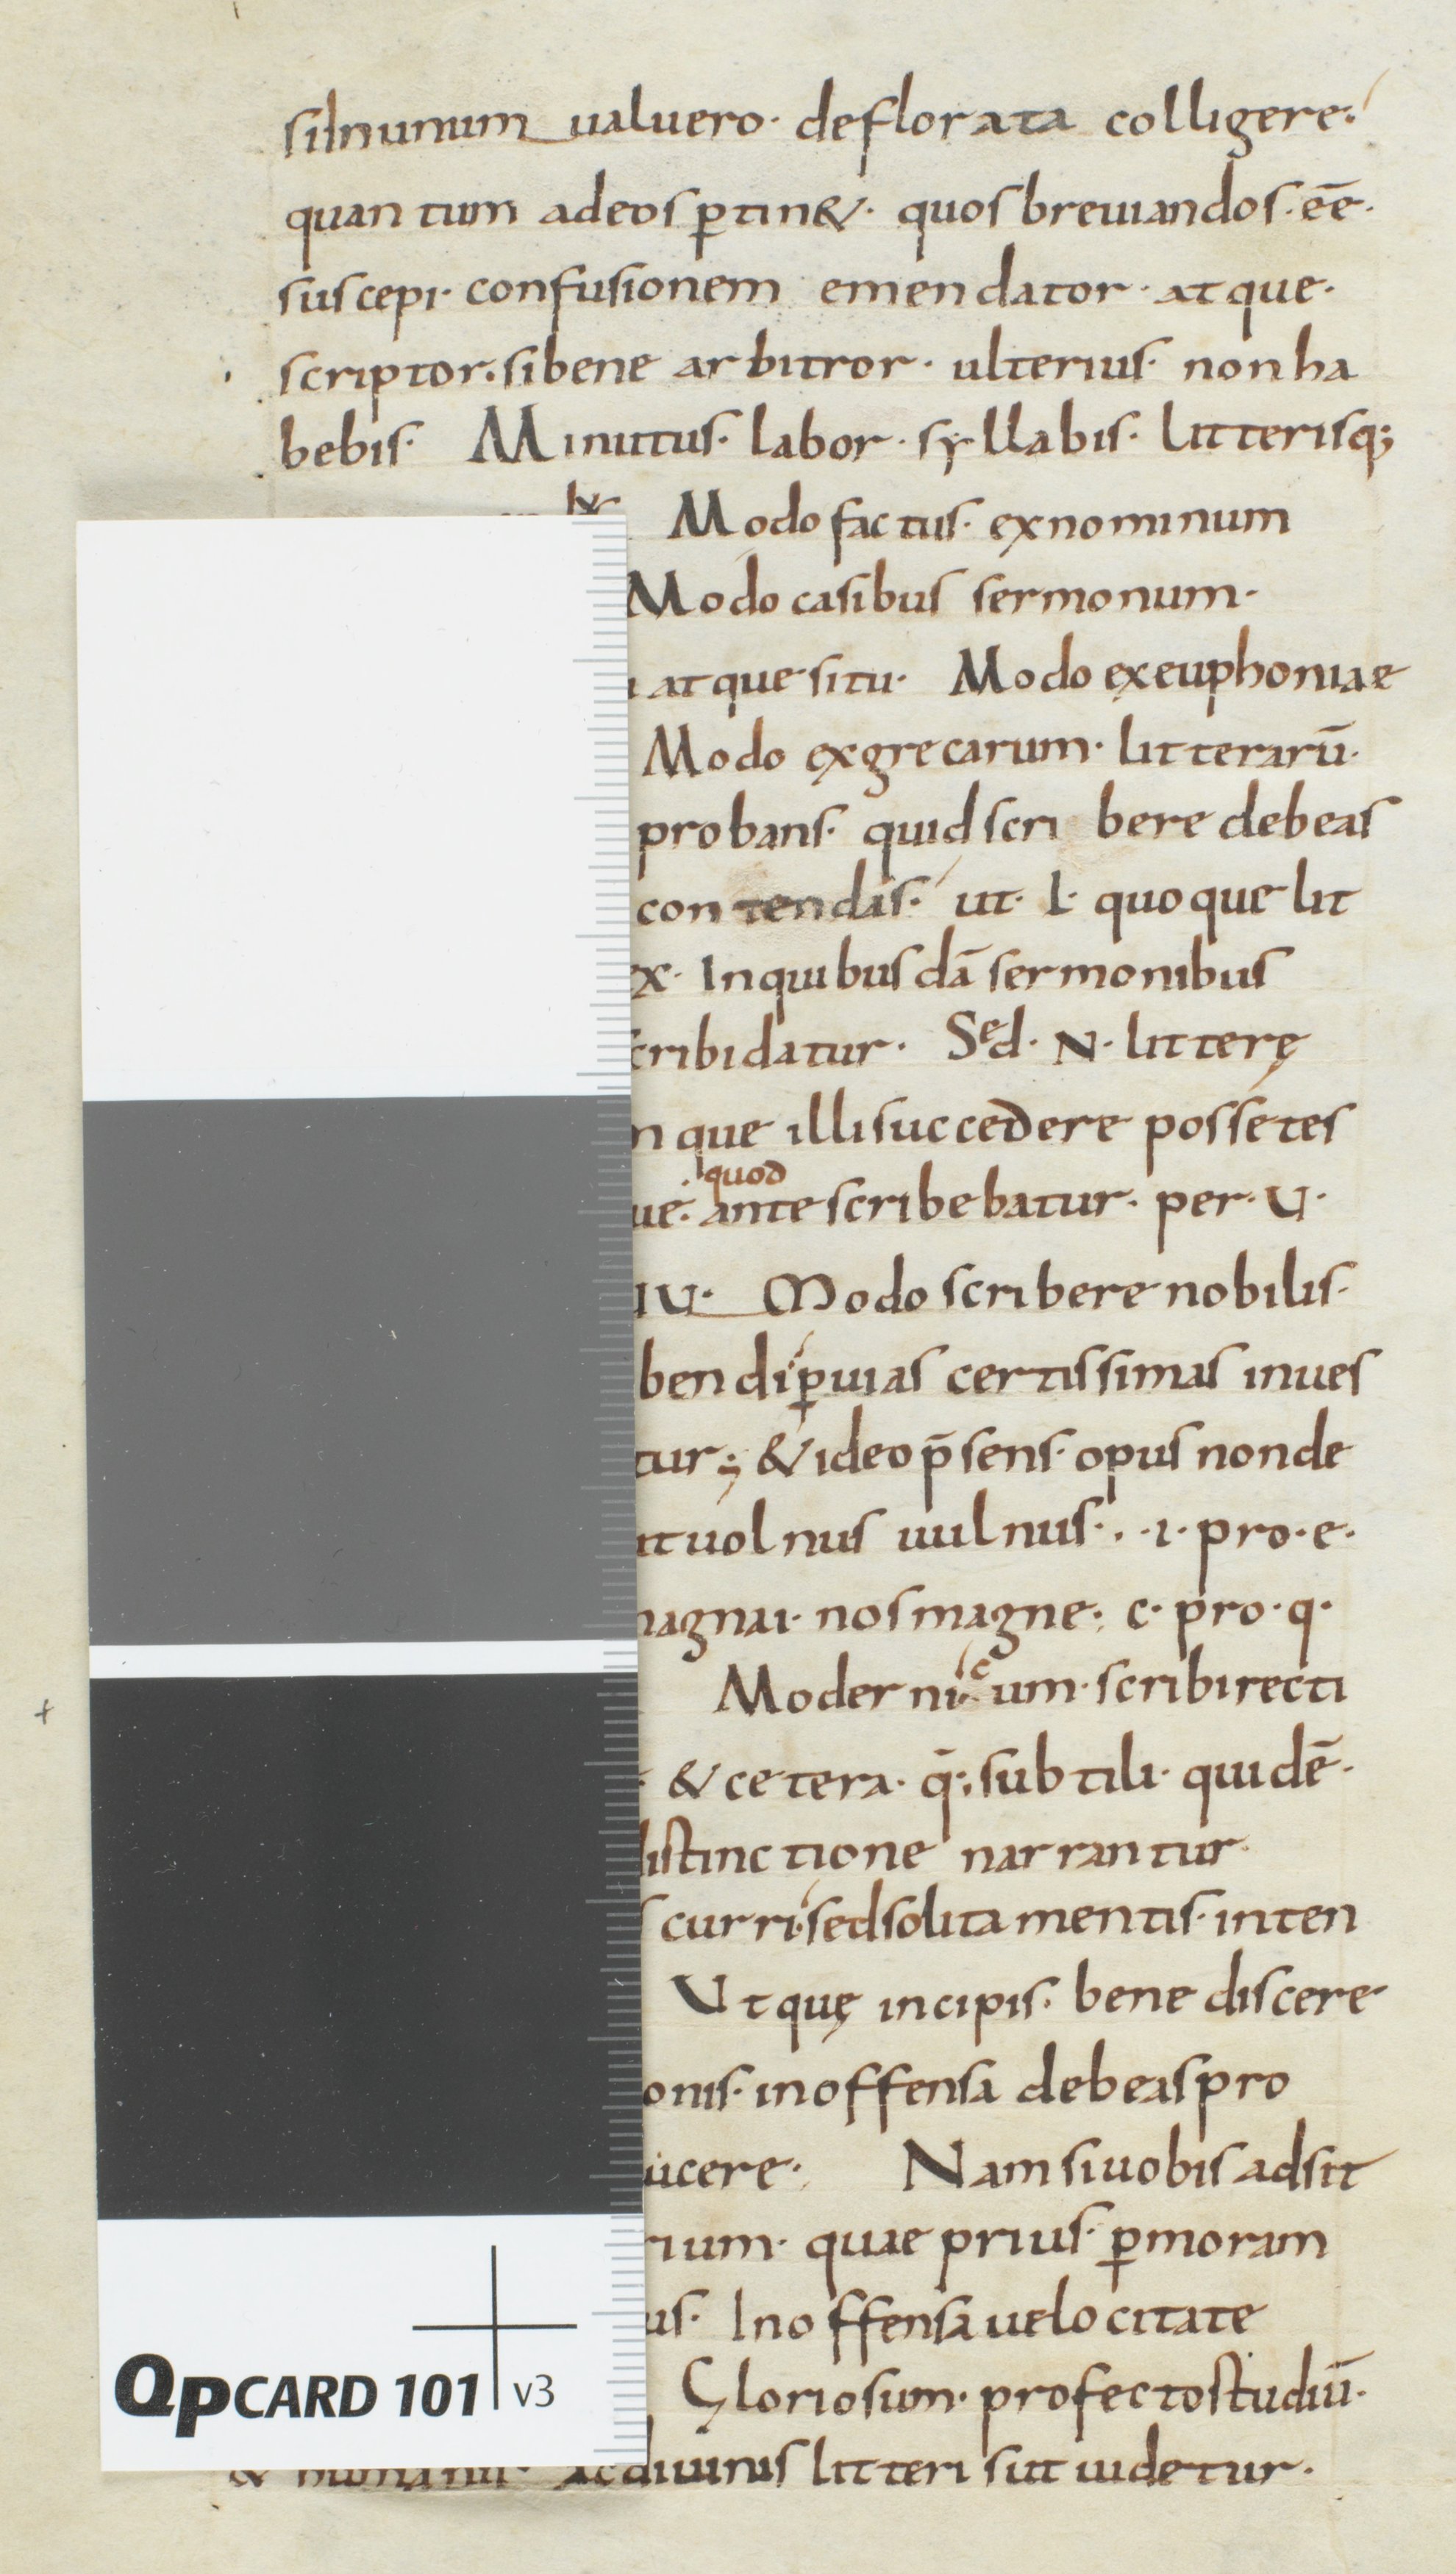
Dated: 850–899